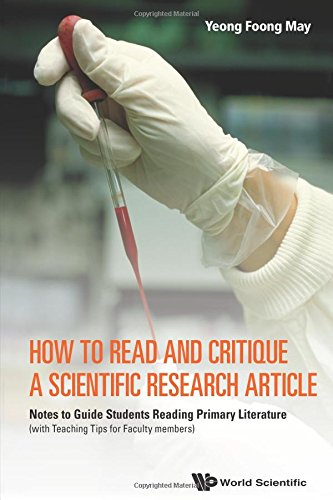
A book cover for How to Read and Critique a Scientific Research Article: Notes to Guide Students Reading Primary Literature (with Teaching Tips for Faculty members); Foong May Yeong; Science & Math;